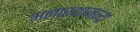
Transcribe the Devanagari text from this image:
अनास्थाजन्य